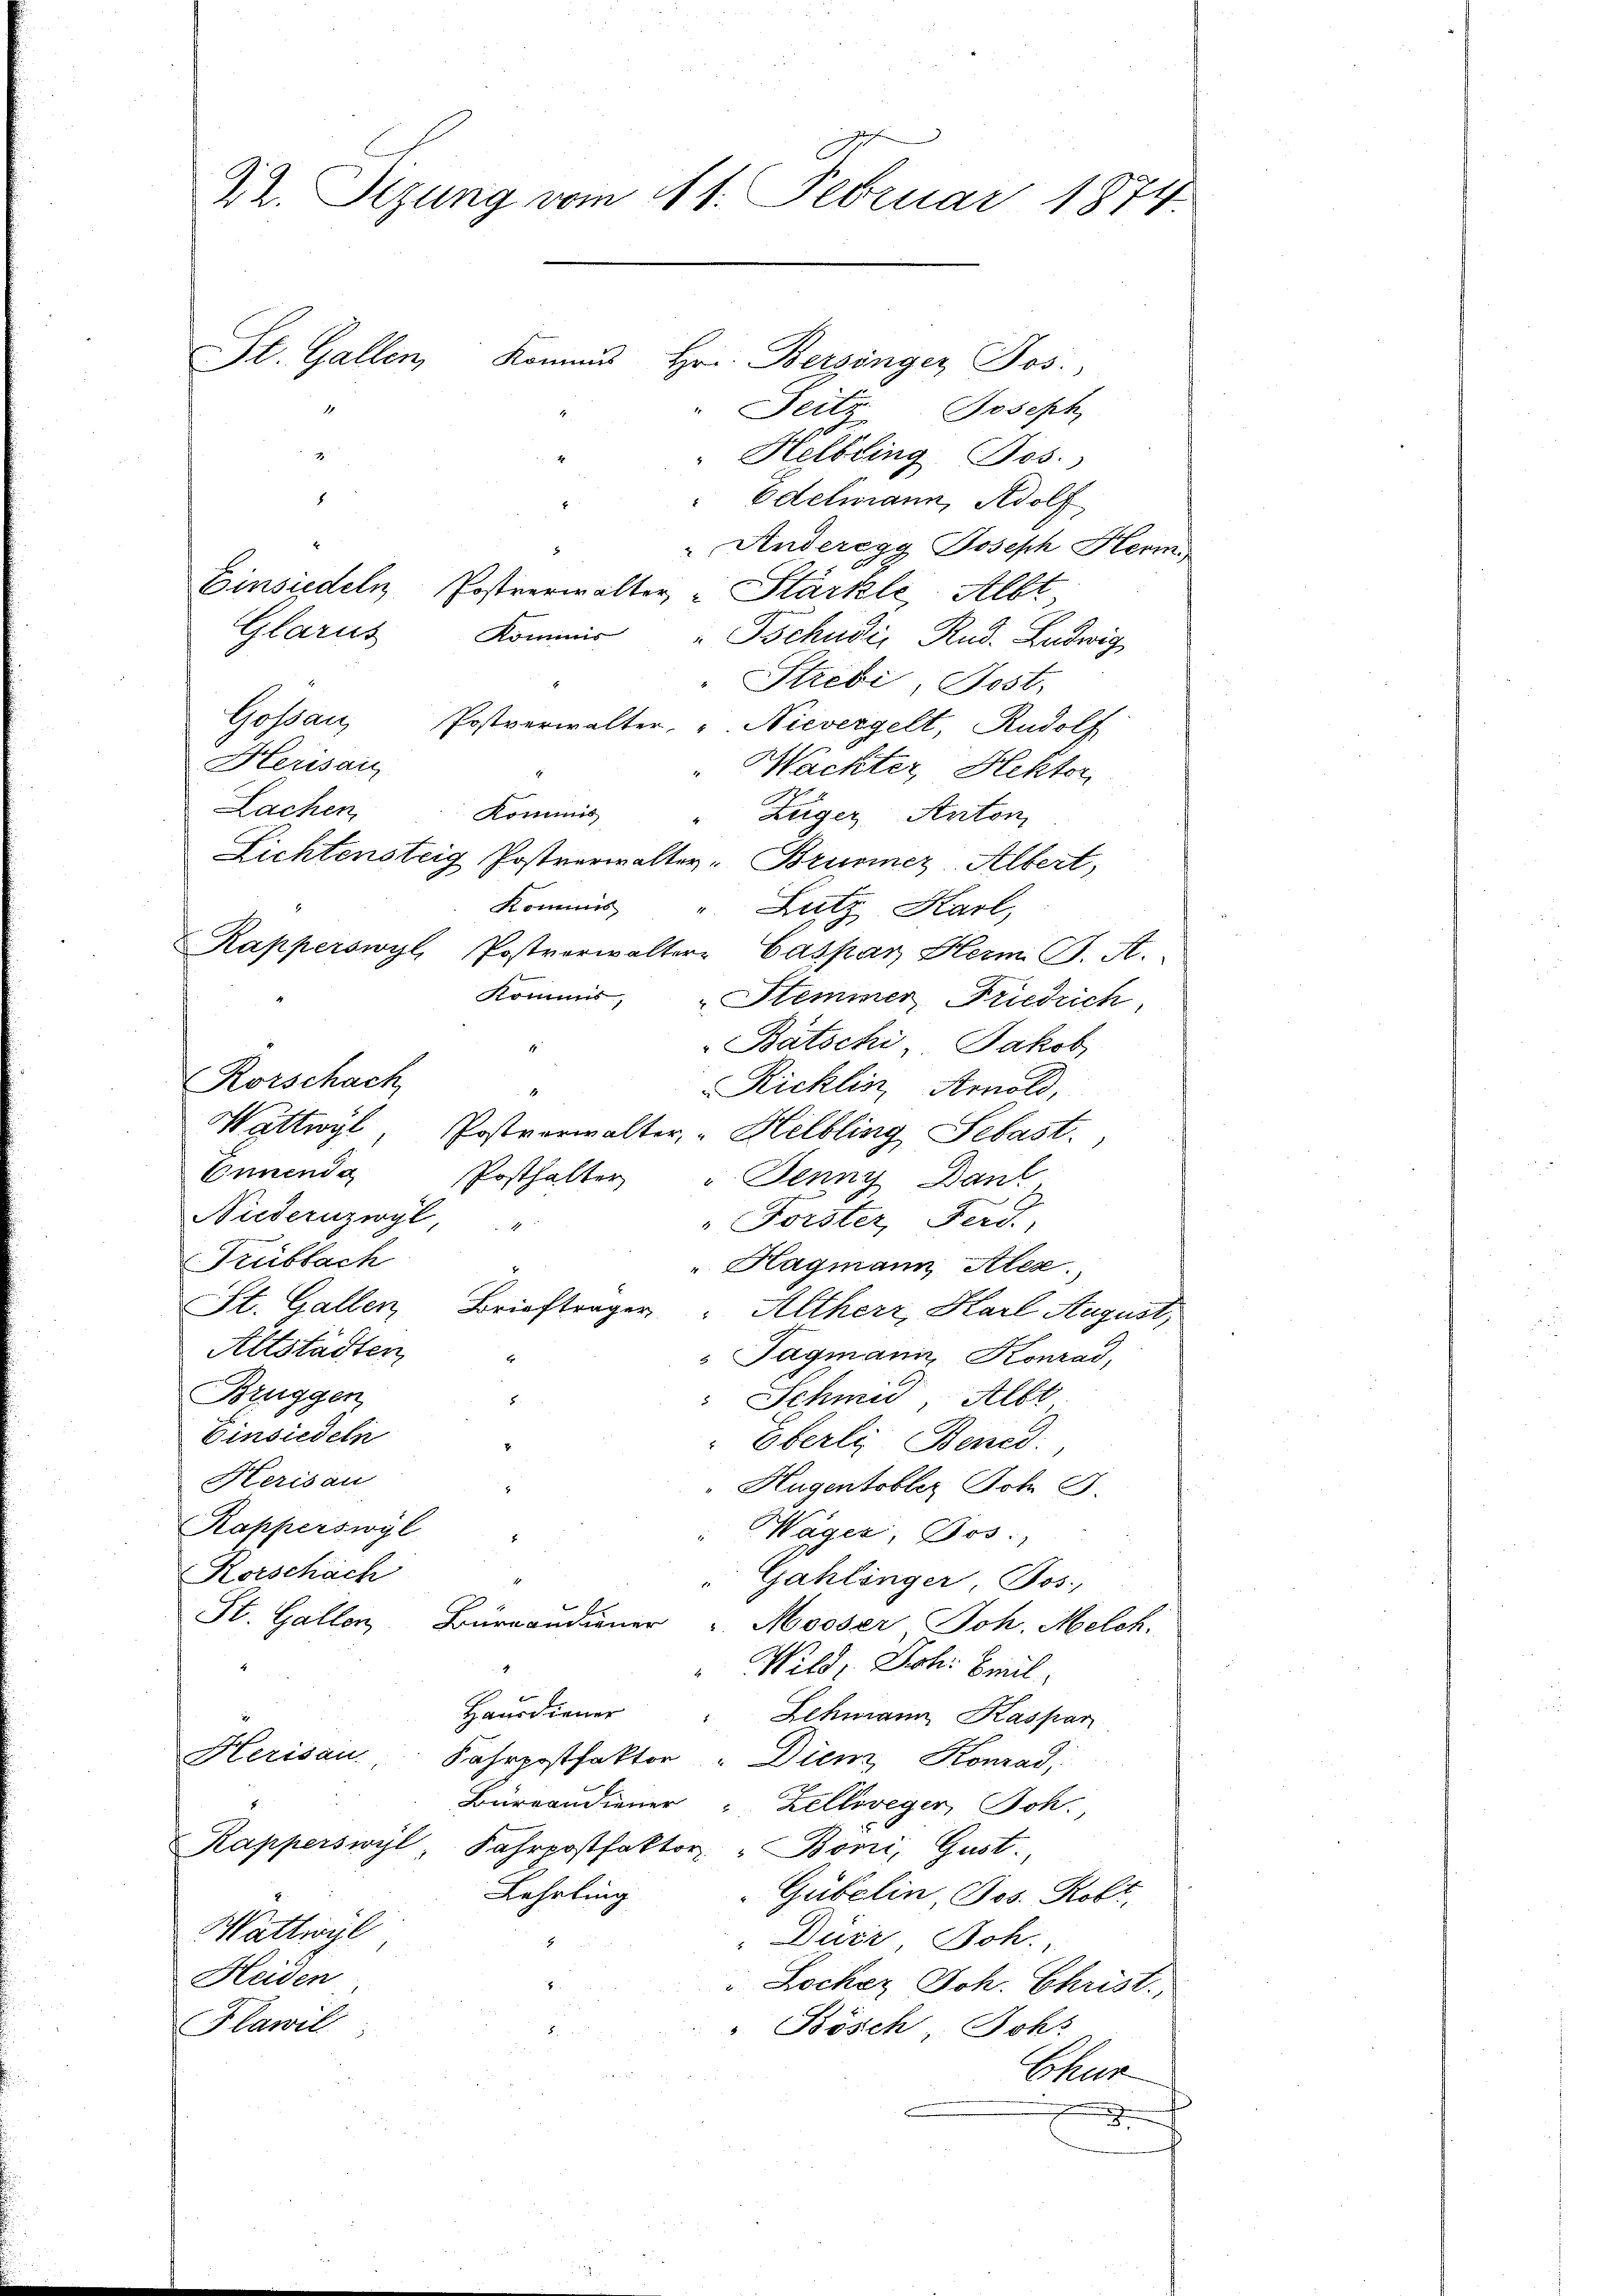
22. Sizung vom 11. Februar 1874.
St. Gallen, Kommŭs Hrn. Bersinger Jos.
" Seitz Joseph
Helbling Bos.

Edelmann, Adolf
Anderegg Joseph Herm
Einsiedeln Postverwalter "Stärkle, Albt
Kommer " Tschudi Rud. Ludwig
Stredi, Post.
Gossau, Postverwalter, u. Nievergelt, Rudolf
Herisau
Wackter, Hektor
Lachen,
Kommis
Züger Anton
Lichtensteig Postverwalter - Brusmer Albert,
Kommis
" Lutz Karl,
Kapperswyl, Postverwalter Caspar Herm. G. A.
Kommis
Stemmer Friedrich
Batschi Jakob
1
Korschach
Ricklin, Arnold,
Wattwyl, Postverwalter "Helbling Sebast.
Ennenda
Posthalter
Jenny Dank
Niedernzwyl, "
"Forster, Ferd.,
Trübbach
 Hagmann Alex.
St. Gallen, Briefträger " Altherr, Karl August,
Altstädten
"Tagmann Konrad,
Brüggen
Schmid, Albt
8
Einsiedeln
Eberli Bened
Herisau
 Hugentobler Joh. G
Kapperswyl
Wäger, Jos.
Korschäch
Gahlinger Jos.
St. Gallen, Burcandiener
Mooser Joh. Melch.
Wild, Joh. Beil.
Hausdiener
Lehmann Kaspar
Herisau, Fahrpostfaktor : Dienz Konrad,
Bureaudiener Zellweger, Joh.
Kapperswyl, Fahrpostfaktor Boni, Gust.
Lehrling
Gübelin, Jos. Robt,
Wattwyl
 Dürr Boh.
Heiden
Lochez Joh. Christ.,
Flawil
 Bösch Johs
Chur
.

Glarus

1